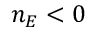
n _ { E } < 0